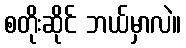
စတိုးဆိုင် ဘယ်မှာလဲ။